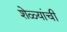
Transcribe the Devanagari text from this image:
शेळ्यांची